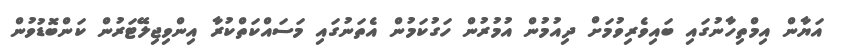
އަޔާން އިމްތިހާނުގައި ބައިވެރިވުމަށް ދިއުމުން އުމުރުން ހަގުކަމުން އެތަނުގައި މަސައްކަތްކުރާ އިންވިޖިލޭޓަރުން ކަންބޮޑުވުން